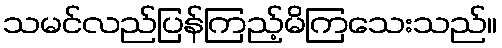
သမင်လည်ပြန်ကြည့်မိကြသေးသည်။